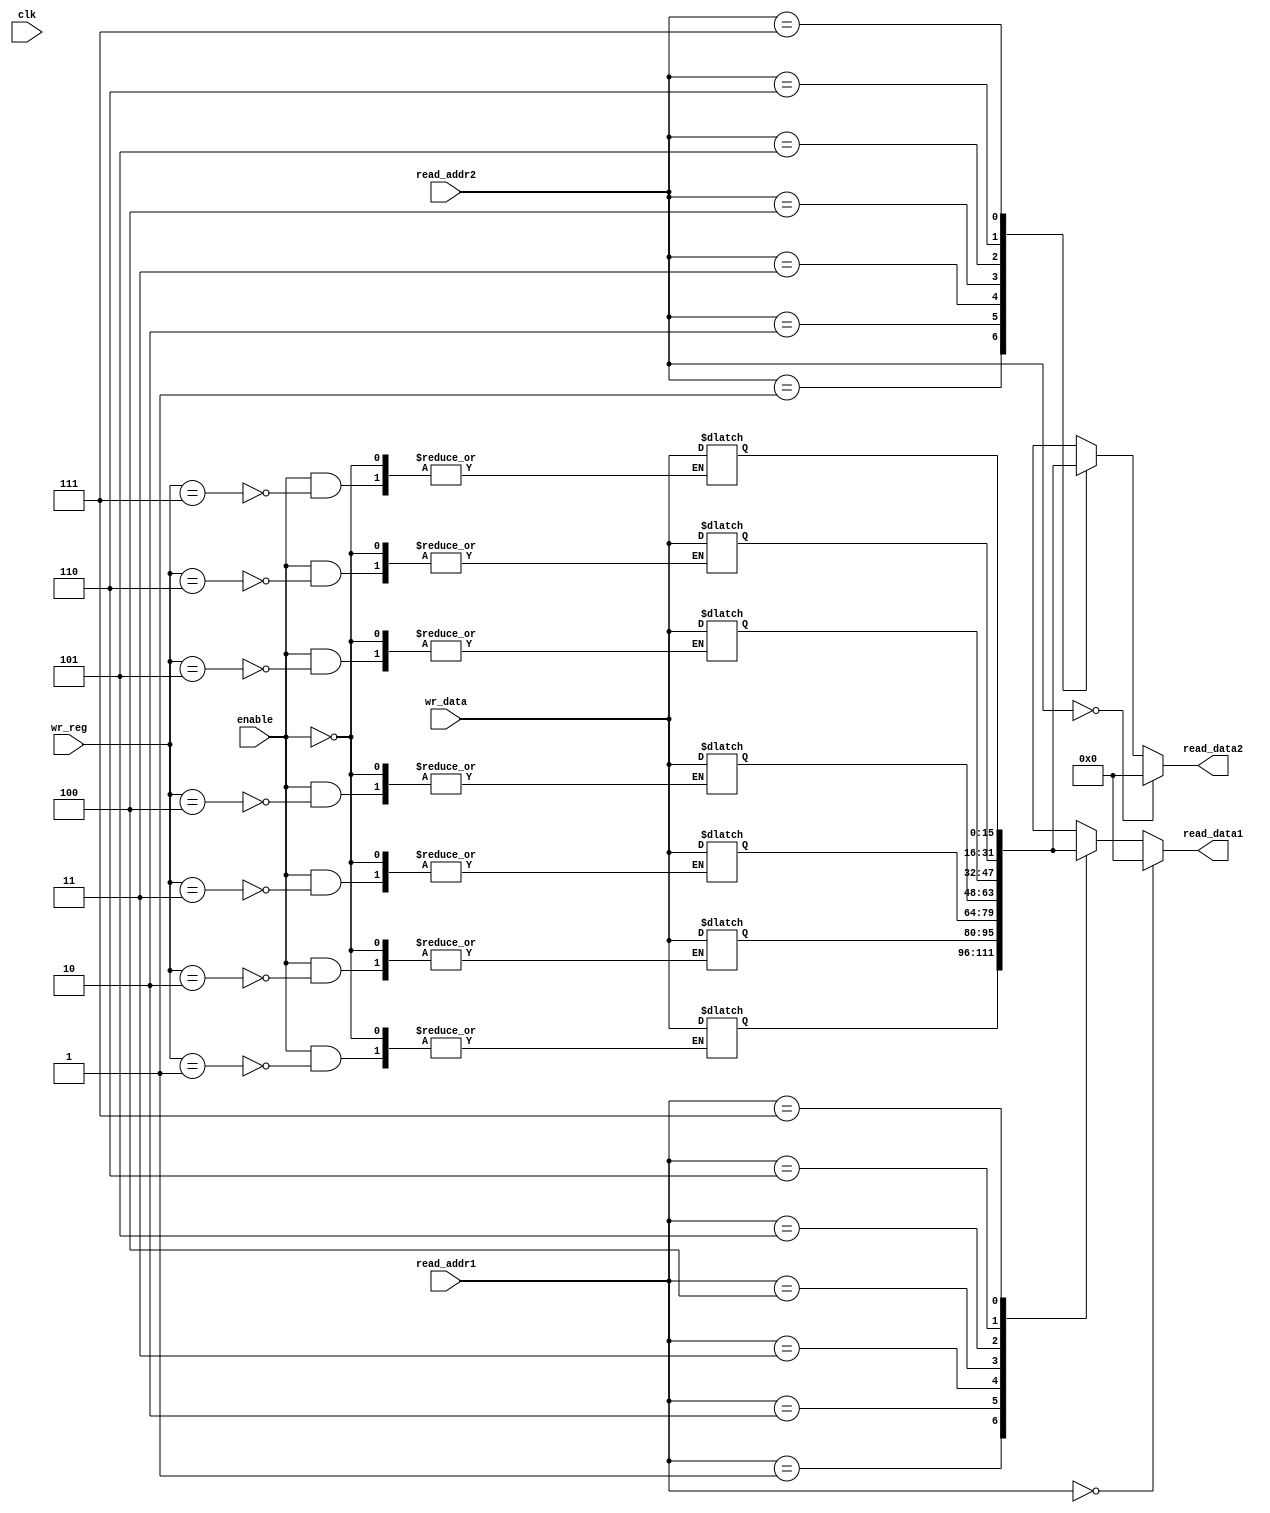
`timescale 1ns / 1ps

module GPRs(
    input clk,
    input enable,
    input [2:0] read_addr1,
    output [15:0] read_data1,
    input [2:0] read_addr2,
    output [15:0] read_data2,
    input [2:0] wr_reg,
    input [15:0] wr_data   
);
reg [15:0] reg_number [7:0];
initial begin
    reg_number[0] <= 16'b0;
    reg_number[1] <= 16'b0;
    reg_number[2] <= 16'b0;
    reg_number[3] <= 16'b0;
    reg_number[4] <= 16'b0;
    reg_number[5] <= 16'b0;
    reg_number[6] <= 16'b0;
    reg_number[7] <= 16'b0;
end
always @(*) begin
if(enable) begin
reg_number[wr_reg] <= wr_data;
end
end
assign read_data1 = (read_addr1 == 0) ? 16'b0 : reg_number[read_addr1];
assign read_data2 = (read_addr2 == 0) ? 16'b0 : reg_number[read_addr2];  
endmodule